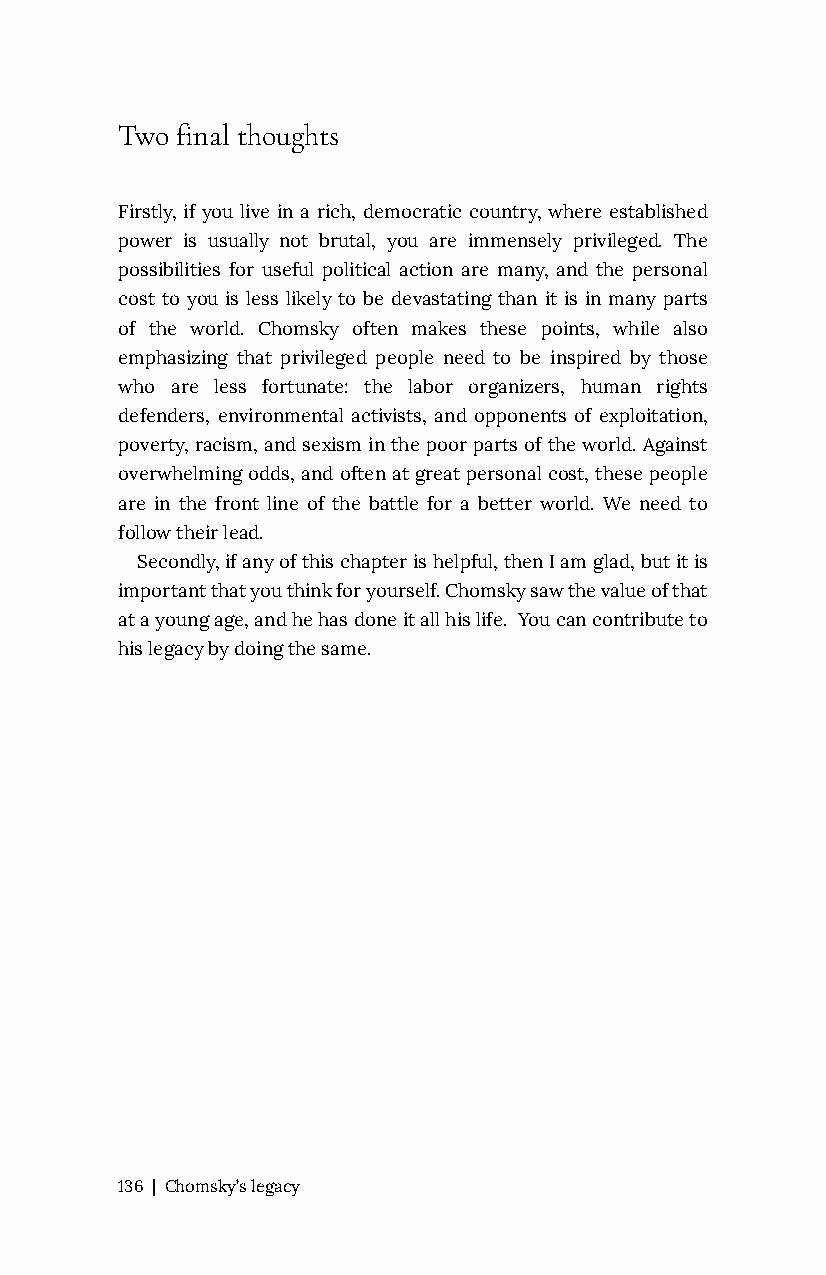
Two final thoughts
 Firstly, if you live in a rich, democratic country, where established
 power is usually not brutal, you are immensely privileged. The
 possibilities for useful political action are many, and the personal
 cost to you is less likely to be devastating than it is in many parts
 of the world. Chomsky often makes these points, while also
 emphasizing that privileged people need to be inspired by those
 who are less fortunate: the labor organizers, human rights
 defenders, environmental activists, and opponents of exploitation,
 poverty, racism, and sexism in the poor parts of the world. Against
 overwhelming odds, and often at great personal cost, these people
 are in the front line of the battle for a better world. We need to
 follow their lead.
 Secondly, if any of this chapter is helpful, then I am glad, but it is
 important that you think for yourself. Chomsky saw the value of that
 at a young age, and he has done it all his life. You can contribute to
 his legacy by doing the same.
 136 | Chomsky’s legacy